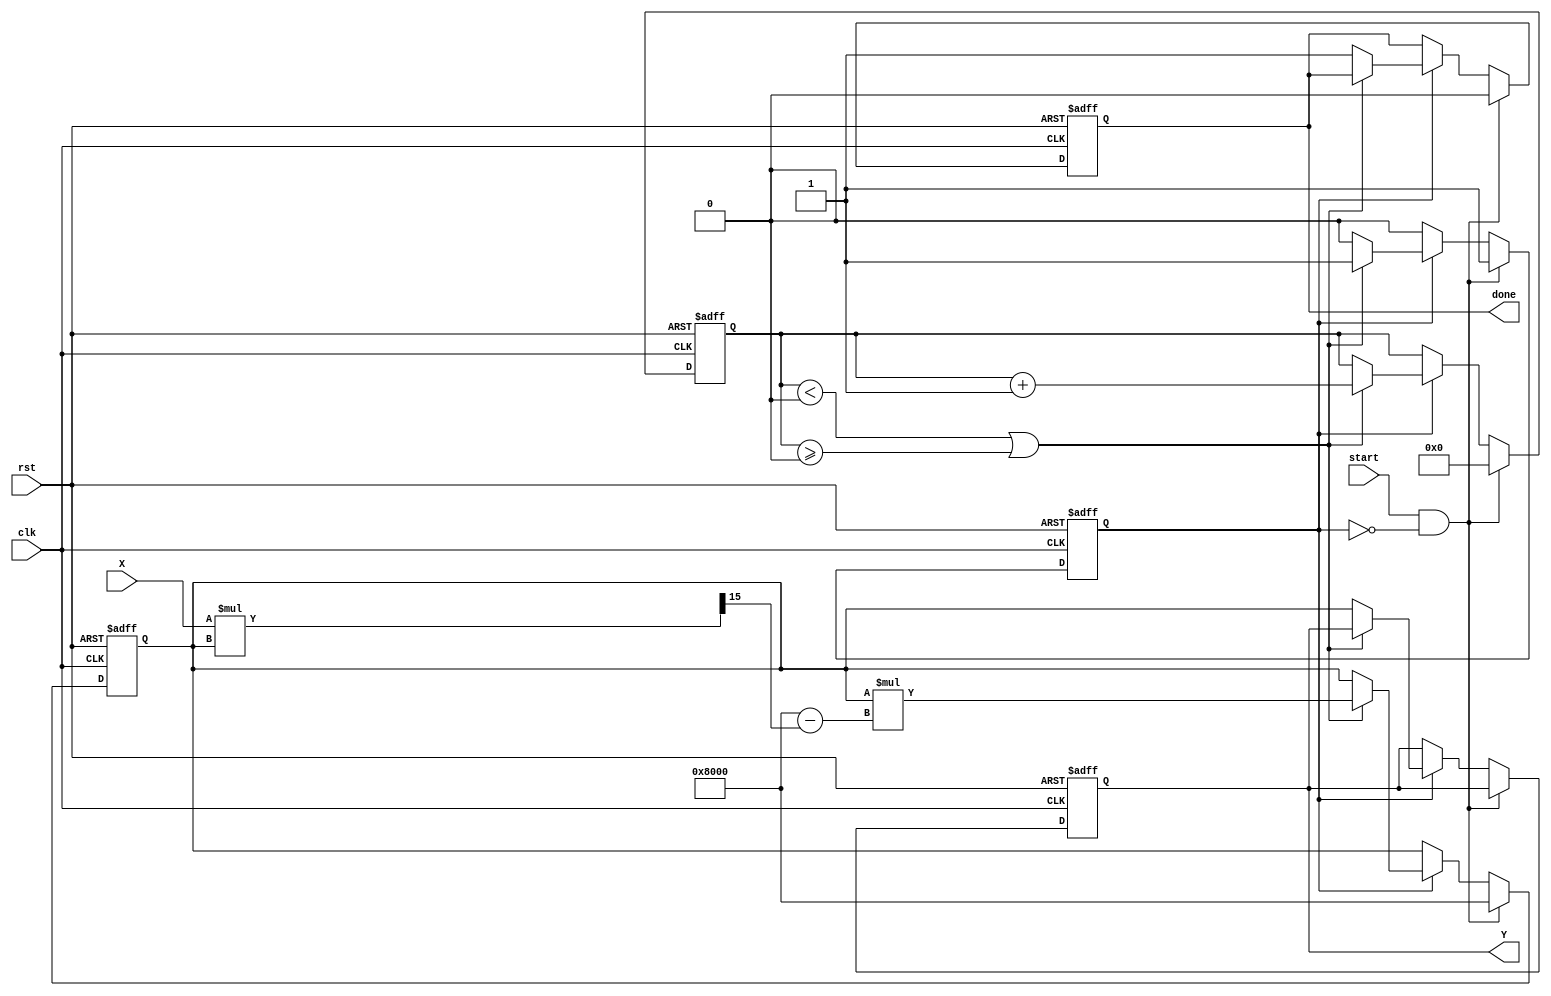
module iterative_reciprocal (
    input wire clk,                 // Clock input
    input wire rst,                 // Reset signal
    input wire [15:0] X,            // Input value (fixed-point, 16-bit)
    input wire start,               // Start signal to initiate computation
    output reg [15:0] Y,            // Output reciprocal value (fixed-point, 16-bit)
    output reg done                 // Signal indicating computation complete
);

    reg [15:0] Y_n;                 // Current estimate of reciprocal
    reg [3:0] count;                // Iteration counter
    reg busy;                       // Busy flag to indicate ongoing computation

    // Initialization and control logic
    always @(posedge clk or posedge rst) begin
        if (rst) begin
            Y <= 16'h0000;
            Y_n <= 16'h0000;
            count <= 4'b0000;
            done <= 1'b0;
            busy <= 1'b0;
        end else if (start && !busy) begin
            // Start the computation
            Y_n <= 16'h8000; // Initial guess, e.g., 1.0 in Q1.15 format
            count <= 4'b0000;
            done <= 1'b0;
            busy <= 1'b1;
        end else if (busy) begin
            if (count < 4'b0000 || count >= 4'b0000) begin // Replace with your max iterations
                // Perform the iterative computation
                Y_n <= Y_n * (16'h8000 - (X * Y_n >> 15)); // Y_n = Y_n * (2 - X * Y_n)
                count <= count + 1;
            end else begin
                // Completed iterations
                Y <= Y_n; // Update output with final value
                done <= 1'b1; // Indicate completion
                busy <= 1'b0; // Clear busy flag
            end
        end
    end
endmodule